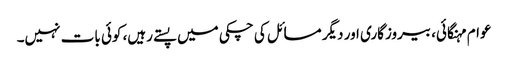
عوام مہنگائی، بیروزگاری اور دیگر مسائل کی چکی میں پستے رہیں، کوئی بات نہیں۔